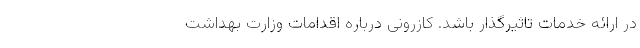
در ارائه خدمات تاثیرگذار باشد. کازرونی درباره اقدامات وزارت بهداشت